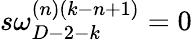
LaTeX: s\omega_{D-2-k}^{(n)(k-n+1)}=0